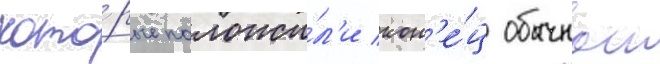
кото́рые положи́л'и кон'е́ц обычнои